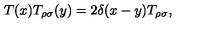
T ( x ) T _ { \rho \sigma } ( y ) = 2 \delta ( x - y ) T _ { \rho \sigma } ,